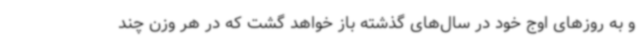
و به روزهای اوج خود در سال‌های گذشته باز خواهد گشت که در هر وزن چند